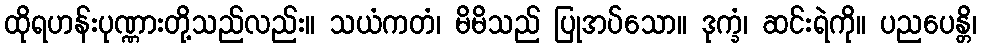
ထိုရဟန်းပုဏ္ဏားတို့သည်လည်း။ သယံကတံ၊ မိမိသည် ပြုအပ်သော။ ဒုက္ခံ၊ ဆင်းရဲကို။ ပညပေန္တိ၊